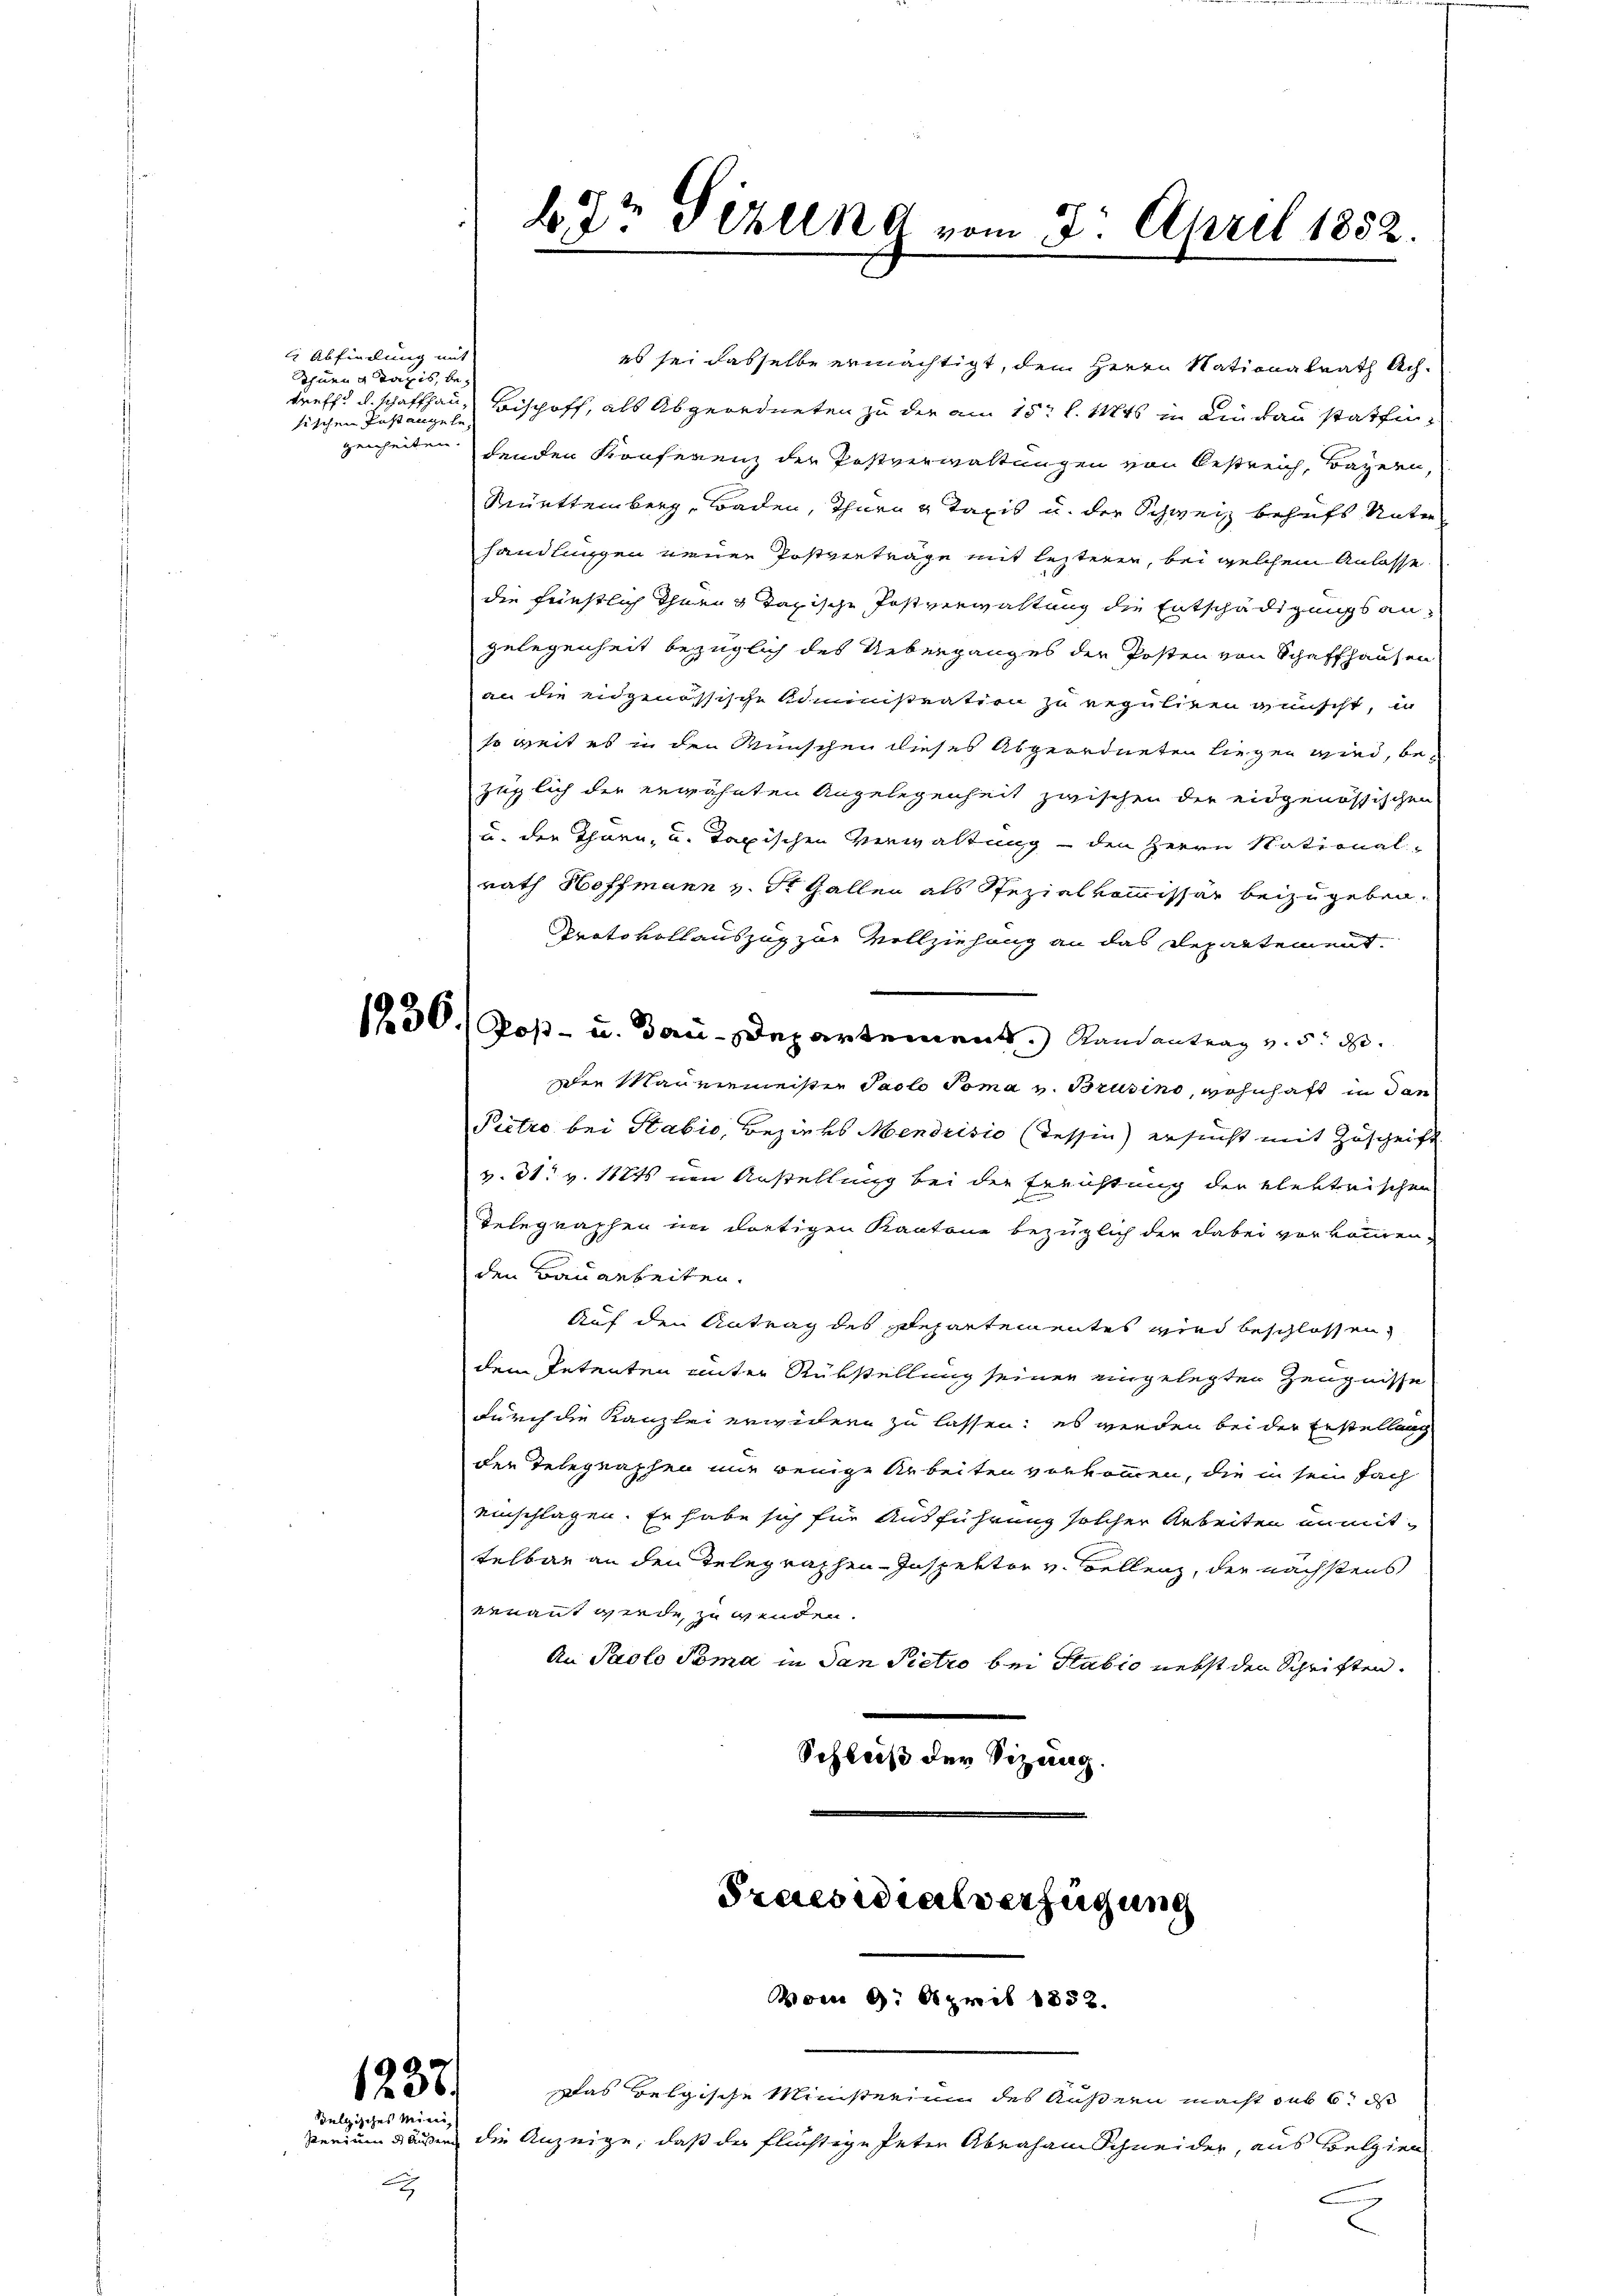
Abfindung mit
thuen Taxis, betischen Postangehe,
genheiten.

1232.
ulgisches Mitei

Perium d. Außer die
2

bdr Sitzung vom 2. April 1852.

es sei dasselbe ermächtigt, dem Herrn Nationalrath Achtreff. u. schaffhaus Bischoff, als Abgeordneten zu der am 15t l. 146 in Lindau stattindenden Konferenz der Postverwaltungen von Oestreich, Bayern,
Reuettemberg, Baden, Thur & Taxis u. der Schweiz behufs Unter
handlungen neuen Postverträge mit lezteren, bei welchem Anlasse
die feinstlich Ihnen & Tapische Postverwaltung die Entschädigungsangelegenheit bezüglich des Ueberganges der Posten von Schaffhausen
an die eidgenössische Administration zu reguliren wünscht, in
so weit es in den Wünschen dieses Abgeordneten liegen wird, bezüglich der erwähnten Angelegenheit zwischen der eidgenössischen
u. der Thurn, u. taxischen Verwaltung – den Herrn National-
rath Hoffmann v. St. Gallen als Spezialkommissär beizugeben.
Protokollauszug zur Vollziehung an das Departement.
1250./ Poß- u. Bau-Departement. Randantrag v. 5. d.
Der Maurermeister Paolo Toma v. Brusino, wohnhaft in dan
Pietro bei Stabić, Bezirks Mendrisio (Tessin) ersucht mit Zuschrift
v. 31. v. 1881 von Anstellung bei der Errichtung der elektrischen
Telegraphen im dortigen Kantone bezüglich der dabei vorkommen,
den Bauarbeiten.
Auf den Antrag des Departementes wird beschlossen,
dem Petenten unter Rükstellung seiner eingelegten Zeugnisse
durch die Kanzlei erwidern zu lassen; es werden bei der Erstellung
der Telegraphen mir wenige Arbeiten vorkommen, die in sein Fach
einschlagen. Er habe sich für Ausführung solcher Arbeiten unmittelbar an den Telegraphen-Inspektor v. Bellenz, der nächstens
venannt werde, zu wenden.
An Pacto Toma in dan Pietro bei Stabio nebst den Schriften.
Schleiß der Sizung.

Praesidialverfügung
vom 9. April 1832.

Das belgische Ministerium des Äußern macht sub 6. ds
Anzeige, daß der flüchtige Peten Abraham Schneider, aus Belgien